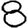
Digit: 8